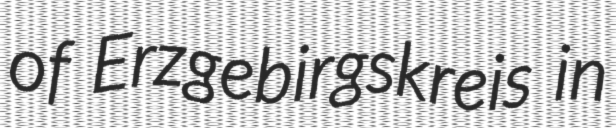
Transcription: of Erzgebirgskreis in